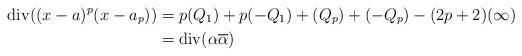
LaTeX: \begin{align*}\mathrm{div}((x-a)^p(x-a_p)) & =p(Q_1)+p(-Q_1)+(Q_p)+(-Q_p)-(2p+2)(\infty)\\&=\mathrm{div}(\alpha\overline{\alpha})\end{align*}